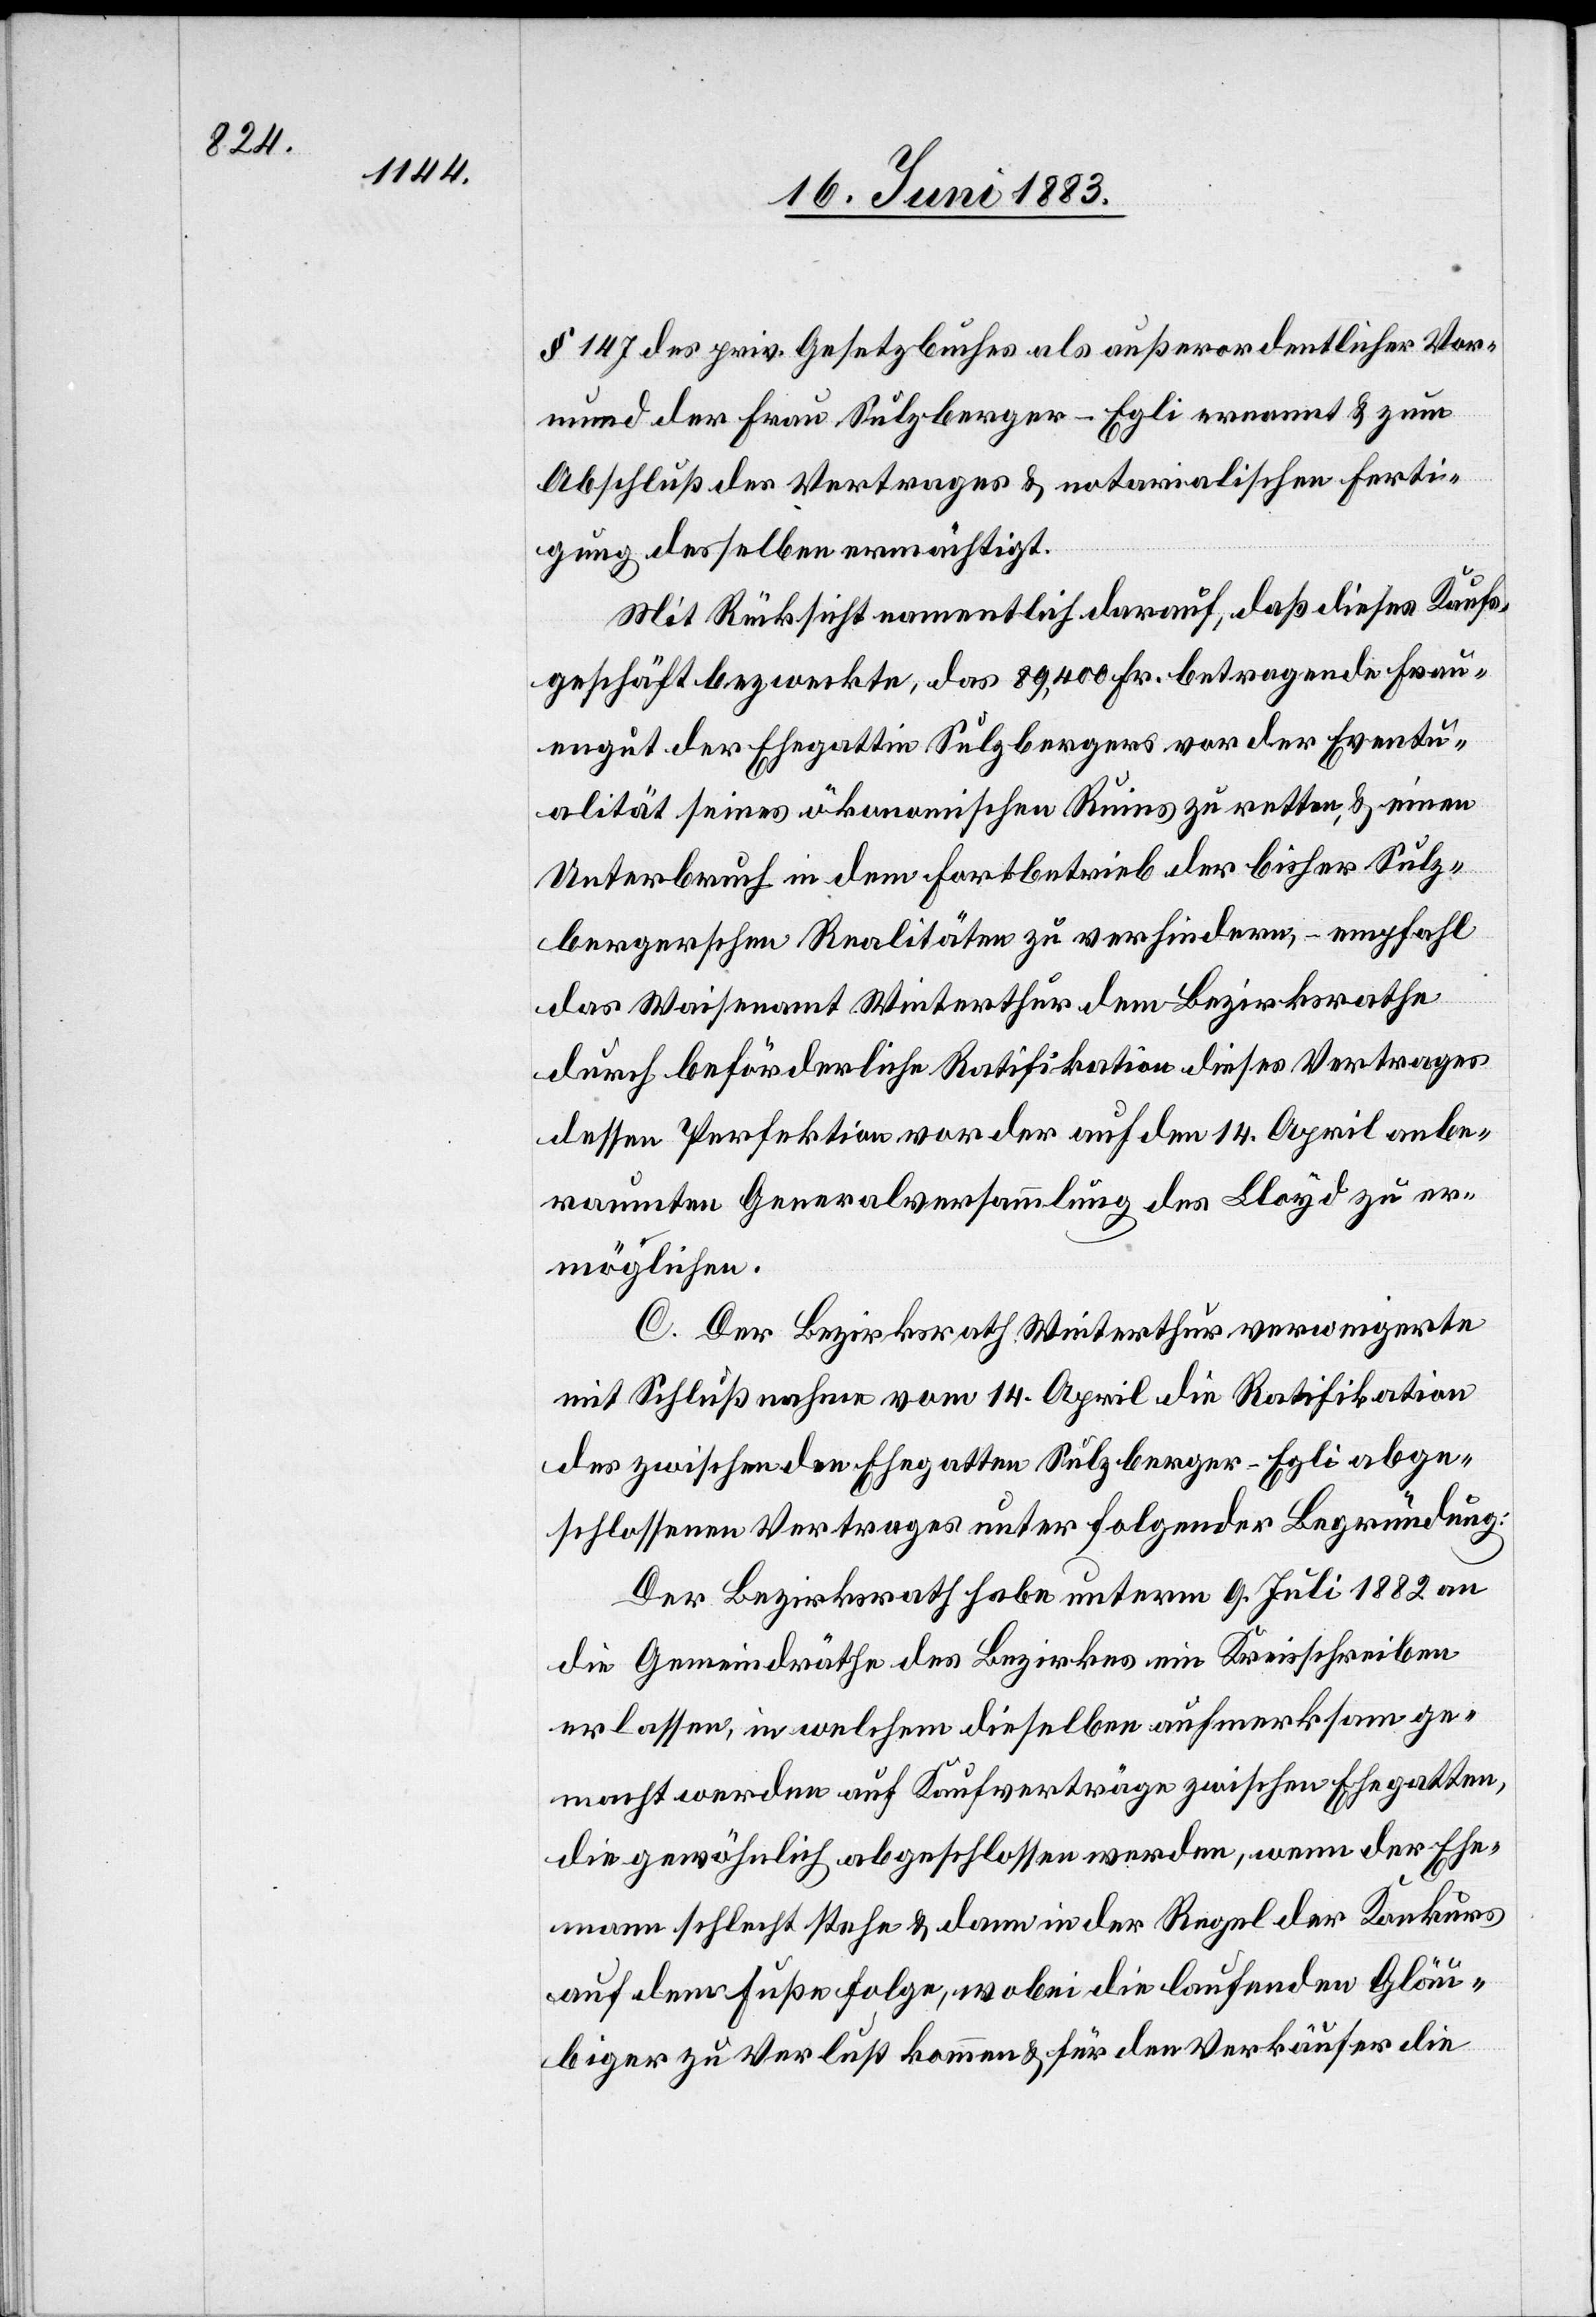
§ 147 des priv. Gesetzbuches als außerordentlicher Vor¬
mund der Frau Sulzberger-Egli ernennt & zum
Abschluß der Vertrages & notarialischen Ferti¬
gung desselben ermächtigt.
Mit Rücksicht namentlich darauf, daß dieses Kaufs¬
geschäft bezweckte, das 89,400 Fr. betragende Frau¬
engut der Ehegattin Sulzbergers vor der Eventu¬
alität seines ökonomischen Ruins zu retten, & einen
Unterbruch in dem Fortbetrieb der bisher Sulz¬
bergerschen Realitäten zu verhindern, empfahl
das Waisenamt Winterthur dem Bezirksrathe
durch beförderliche Ratifikation dieses Vertrages
dessen Perfektion vor der auf den 14. April anbe¬
raumten Generalversammlung des Lloyd zu er¬
möglichen.
C. Der Bezirksrath Winterthur verweigerte
mit Schlußnahme vom 14. April die Ratifikation
des zwischen den Ehegatten Sulzberger-Egli abge¬
schlossenen Vertrages unter folgender Begründung:
Der Bezirksrath habe unterm 9. Juli 1882 an
die Gemeindräthe des Bezirkes ein Kreisschreiben
erlassen, in welchem dieselben aufmerksam ge¬
macht werden auf Kaufverträge zwischen Ehegatten,
die gewöhnlich abgeschlossen werden, wenn der Ehe¬
mann schlecht stehe & dann in der Regel der Konkurs
auf dem Fuße folge, wobei die laufenden Gläu¬
biger zu Verlust kommen & für den Verkäufer die